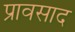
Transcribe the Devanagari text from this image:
प्रावसाद